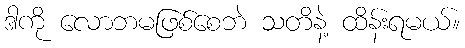
ဒါကို လောဘမဖြစ်စေဘဲ သတိနဲ့ ထိန်းရမယ်။